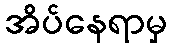
အိပ်နေရာမှ